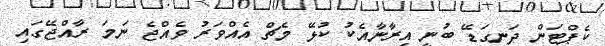
ކެޕްޓަން ދަނގަޑޭ ބުނީ އިރާނާއެކު ކުޅޭ މެޗް އެއްވަރު ވެއްޖެ ނަމަ ރާއްޖޭގައި